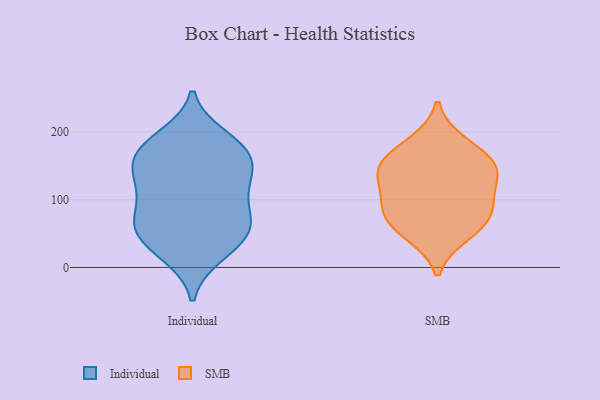
{"axis": {"x": "Headcount", "y": "Value"}, "legend": ["Individual", "SMB"], "data": [{"x": "", "y": 102, "type": "Individual"}, {"x": "", "y": 153, "type": "Individual"}, {"x": "", "y": 58, "type": "Individual"}, {"x": "", "y": 128, "type": "Individual"}, {"x": "", "y": 172, "type": "Individual"}, {"x": "", "y": 66, "type": "Individual"}, {"x": "", "y": 62, "type": "Individual"}, {"x": "", "y": 41, "type": "Individual"}, {"x": "", "y": 193, "type": "Individual"}, {"x": "", "y": 63, "type": "Individual"}, {"x": "", "y": 180, "type": "Individual"}, {"x": "", "y": 18, "type": "Individual"}, {"x": "", "y": 187, "type": "Individual"}, {"x": "", "y": 101, "type": "Individual"}, {"x": "", "y": 142, "type": "Individual"}, {"x": "", "y": 111, "type": "Individual"}, {"x": "", "y": 20, "type": "Individual"}, {"x": "", "y": 148, "type": "Individual"}, {"x": "", "y": 159, "type": "Individual"}, {"x": "", "y": 54, "type": "Individual"}, {"x": "", "y": 162, "type": "SMB"}, {"x": "", "y": 145, "type": "SMB"}, {"x": "", "y": 81, "type": "SMB"}, {"x": "", "y": 104, "type": "SMB"}, {"x": "", "y": 184, "type": "SMB"}, {"x": "", "y": 138, "type": "SMB"}, {"x": "", "y": 88, "type": "SMB"}, {"x": "", "y": 142, "type": "SMB"}, {"x": "", "y": 49, "type": "SMB"}, {"x": "", "y": 61, "type": "SMB"}]}